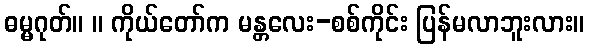
ဓမ္မဂုတ်။ ။ ကိုယ်တော်က မန္တလေး-စစ်ကိုင်း ပြန်မလာဘူးလား။